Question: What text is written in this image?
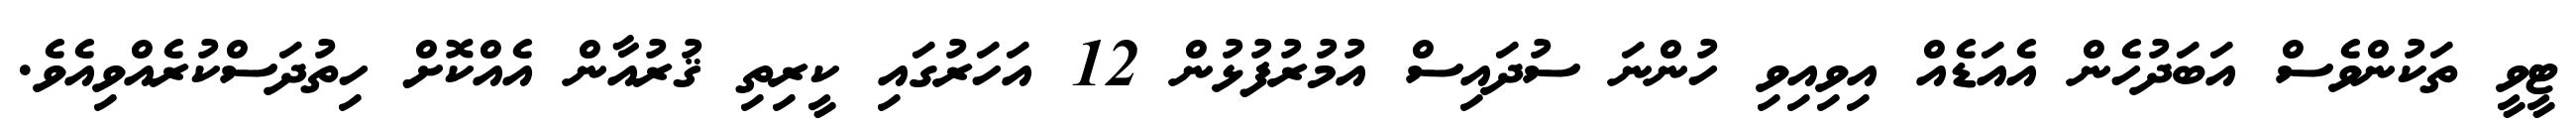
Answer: ޓީވީ ތަކުންވެސް އަބަދުހެން އެއަޑެއް އިވިއިވި ހުންނަ ސުދައިސް އުމުރުފުޅުން 12 އަހަރުގައި ކީރިތި ޤުރުއާން އެއްކޮށް ހިތުދަސްކުރެއްވިއެވެ.